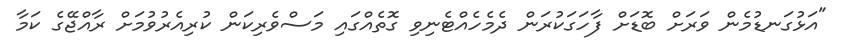
"އަޅުގަނޑުމެން ވަރަށް ބޮޑަށް ފާހަގަކުރަން ދެމެހެއްޓެނިވި ގޮތެއްގައި މަސްވެރިކަން ކުރިއެރުވުމަށް ރާއްޖޭގެ ކަމާ